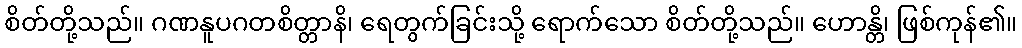
စိတ်တို့သည်။ ဂဏနူပဂတစိတ္တာနိ၊ ရေတွက်ခြင်းသို့ ရောက်သော စိတ်တို့သည်။ ဟောန္တိ၊ ဖြစ်ကုန်၏။